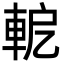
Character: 軶